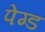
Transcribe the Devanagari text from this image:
पेग्ड